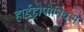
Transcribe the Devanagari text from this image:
हाईड्रोपोनिक्स